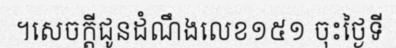
។សេចក្តីជូនដំណឹងលេខ១៥១ ចុះថ្ងៃទី